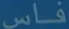
فاس